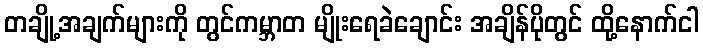
တချို့အချက်များကို တွင်ကမ္ဘာတ မျိုးရေခဲချောင်း အချိန်ပိုတွင် ထို့နောက်ငါ